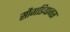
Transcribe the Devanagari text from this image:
सौगडियानस